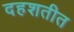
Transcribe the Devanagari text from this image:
दहशतीत